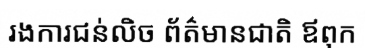
រងការជន់លិច ព័ត៌មានជាតិ ឪពុក